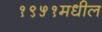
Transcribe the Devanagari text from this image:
१९५१मधील